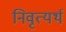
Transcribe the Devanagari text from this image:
निवृत्यर्थ